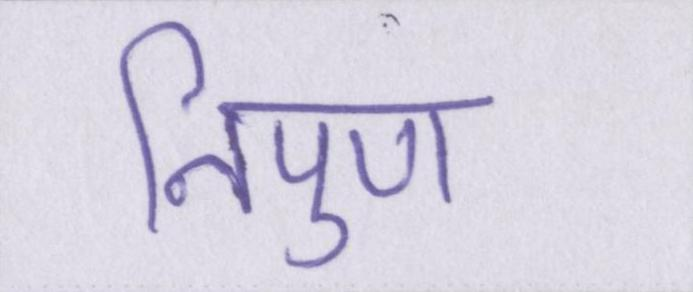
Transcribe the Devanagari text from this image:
निपुण